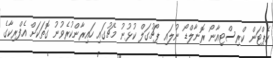
ކެޕްޓަން ކްރިސްޓިއާނޯ ރޮނާލްޑޯ ނުލައި ޕޯޗުގަލް ކުޅުނު މެޗުގައި ހައިރާންކުރެވުނު ގޮތަކަށް އެފްރިކާގެ